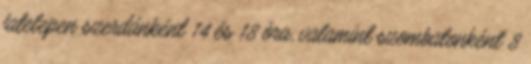
fatelepen szerdánként 14 és 18 óra, valamint szombatonként 8